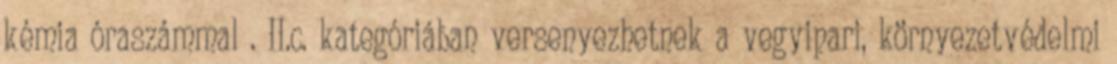
kémia óraszámmal . II.c. kategóriában versenyezhetnek a vegyipari, környezetvédelmi